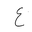
Letter: _ayn